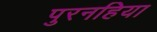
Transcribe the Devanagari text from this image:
पुरनहिया